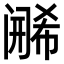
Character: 𬮶